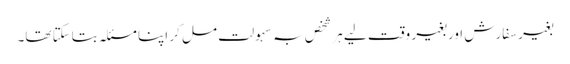
بغیر سفارش اور بغیر وقت لیے ہر شخص بہ سہولت مل کر اپنا مسئلہ بتاسکتا تھا۔